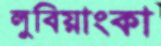
লুবিয়াংকা